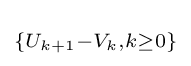
\scriptstyle \{U_{k+1}-V_{k},k\geq 0\}